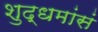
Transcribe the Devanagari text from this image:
शुद्धमांसं